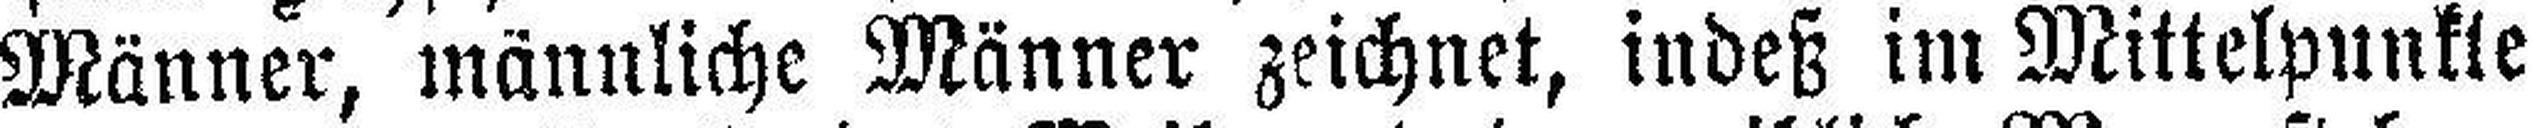
Männer, männliche Männer zeichnet, indeß im Mittelpunkte